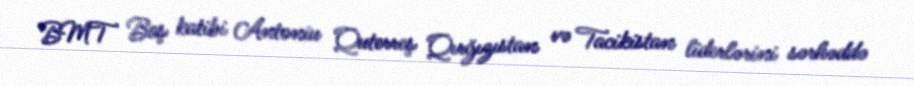
BMT Baş katibi Antoniu Quterreş Qırğızıstan və Tacikistan liderlərini sərhəddə